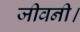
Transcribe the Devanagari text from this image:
जीवनी।